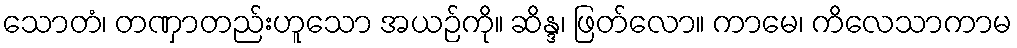
သောတံ၊ တဏှာတည်းဟူသော အယဉ်ကို။ ဆိန္ဒ၊ ဖြတ်လော။ ကာမေ၊ ကိလေသာကာမ